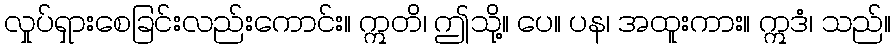
လှုပ်ရှားစေခြင်းလည်းကောင်း။ ဣတိ၊ ဤသို့။ ပေ။ ပန၊ အထူးကား။ ဣဒံ၊ သည်။